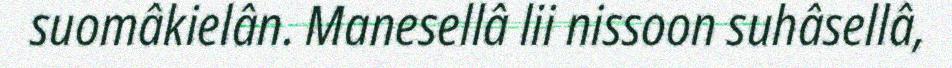
suomâkielân. Manesellâ lii nissoon suhâsellâ,